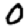
Digit: 0